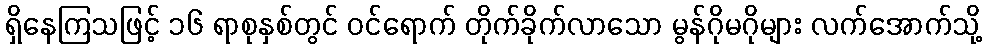
ရှိနေကြသဖြင့် ၁၆ ရာစုနှစ်တွင် ဝင်ရောက် တိုက်ခိုက်လာသော မွန်ဂိုမဂိုများ လက်အောက်သို့